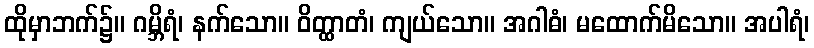
ထိုမှာဘက်၌။ ဂမ္ဘိရံ၊ နက်သော။ ဝိတ္ထာတံ၊ ကျယ်သော။ အဂါဓံ၊ မထောက်မိသော။ အပါရံ၊